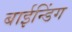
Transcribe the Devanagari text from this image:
बाईन्डिंग